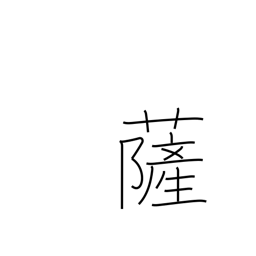
Meaning: Buddha